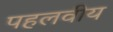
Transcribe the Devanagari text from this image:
पहलवीय